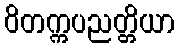
ဝိတက္ကပညတ္တိယာ